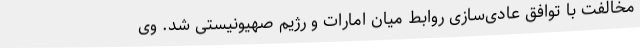
مخالفت با توافق عادی‌سازی روابط میان امارات و رژیم صهیونیستی شد. وی